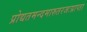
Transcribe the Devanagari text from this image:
प्रोद्यतमन्दमारुतरजःप्राप्ता